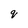
Character: q